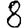
Digit: 8